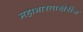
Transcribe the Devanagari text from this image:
महाभारताखेरीज